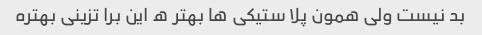
بد نیست ولی همون پلا ستیکی ها بهتر ه این برا تزینی بهتره